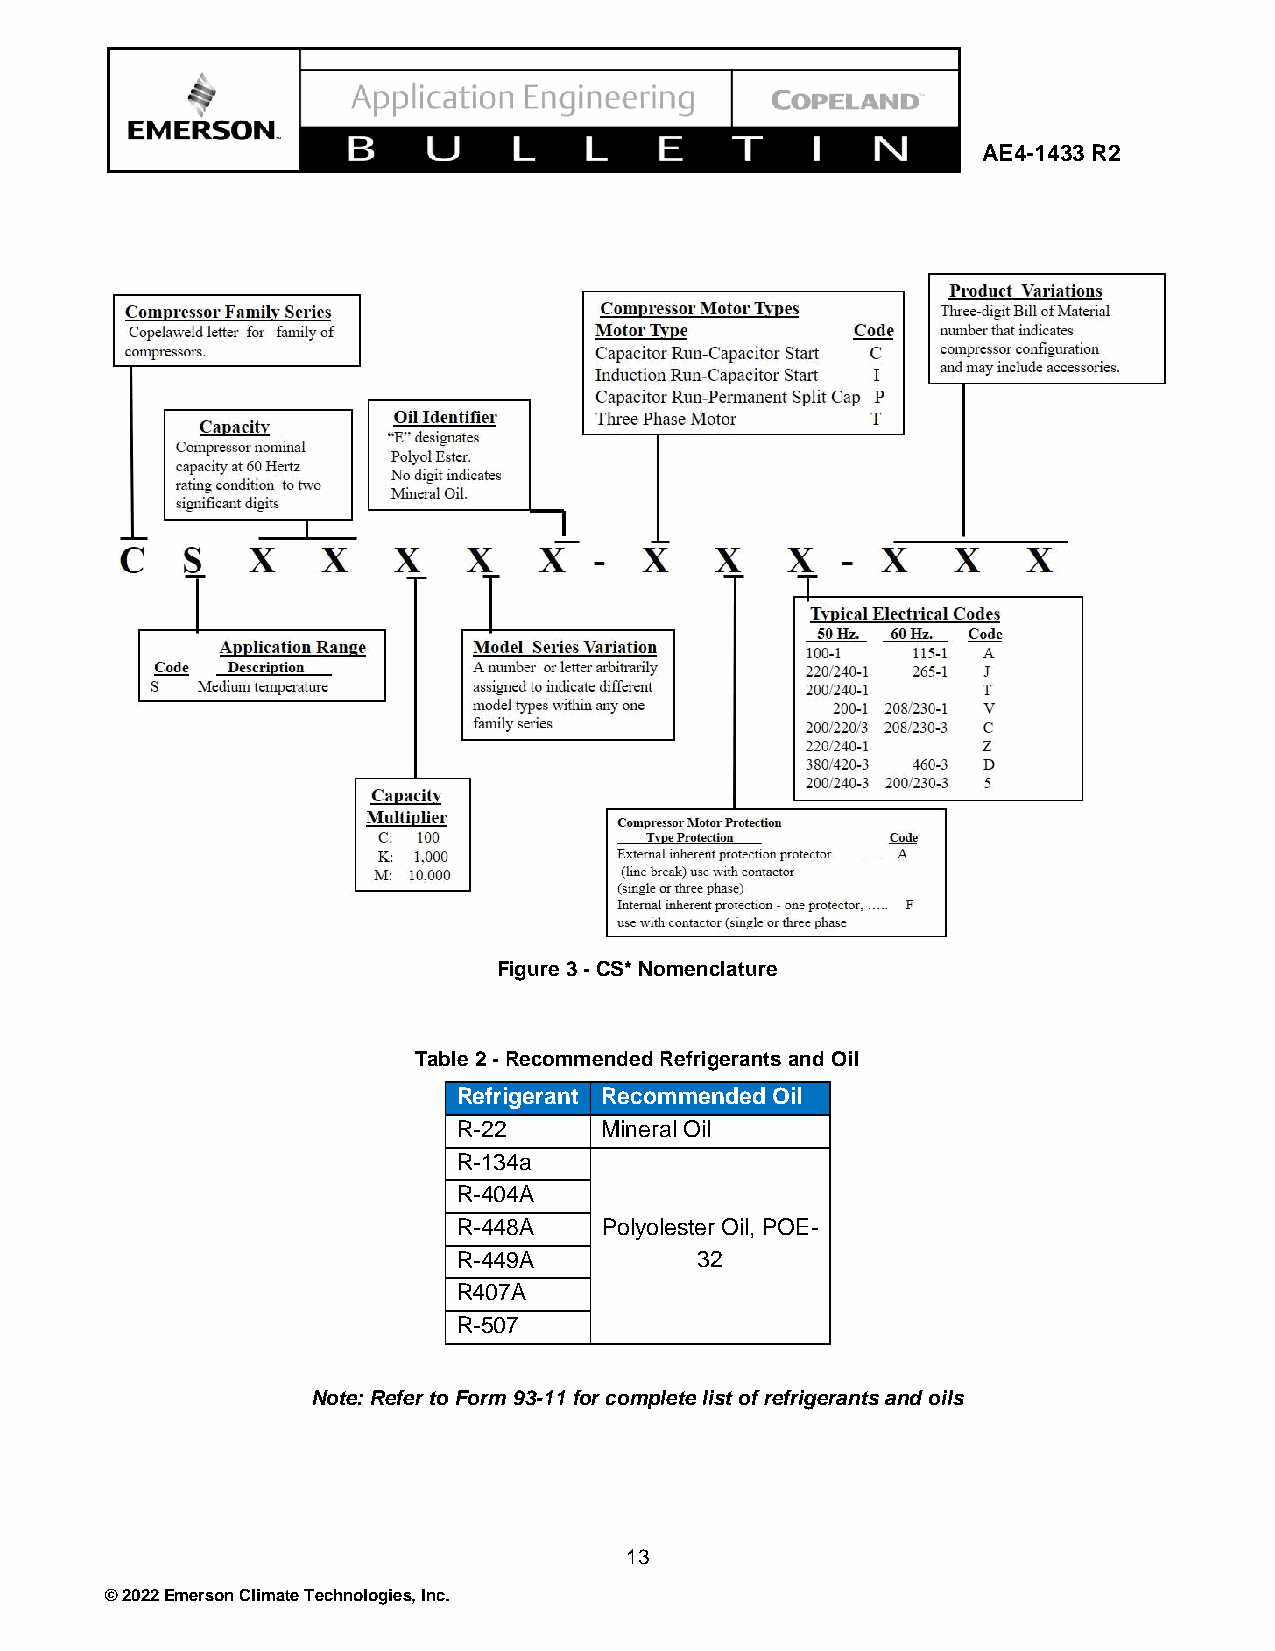
AE4-1433 R2
 Figure 3 - CS* Nomenclature
 Table 2 - Recommended Refrigerants and Oil
 Refrigerant Recommended Oil
 R-22      Mineral Oil
 R-134a
 R-404A
 R-448A    Polyolester Oil, POE-
 R-449A          32
 R407A
 R-507
 Note: Refer to Form 93-11 for complete list of refrigerants and oils
 13
 © 2022 Emerson Climate Technologies, Inc.